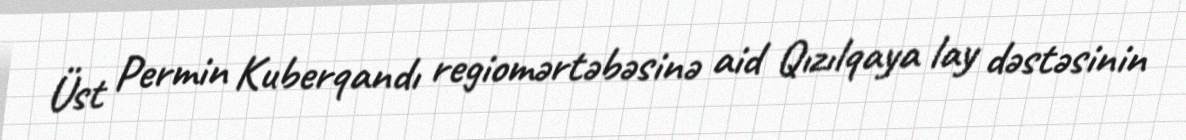
Üst Permin Kuberqandı regiomərtəbəsinə aid Qızılqaya lay dəstəsinin